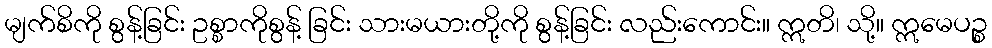
မျက်စိကို စွန့်ခြင်း ဥစ္စာကိုစွန့် ခြင်း သားမယားတို့ကို စွန့်ခြင်း လည်းကောင်း။ ဣတိ၊ သို့။ ဣမေပဉ္စ